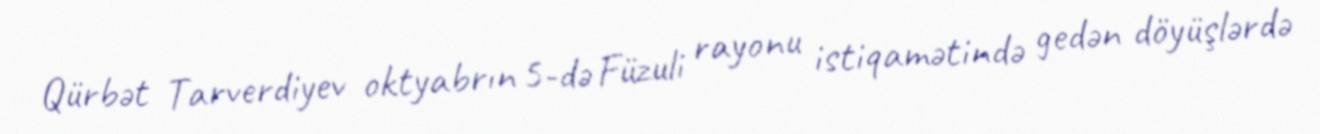
Qürbət Tarverdiyev oktyabrın 5-də Füzuli rayonu istiqamətində gedən döyüşlərdə